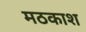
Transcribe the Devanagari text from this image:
मठकाश